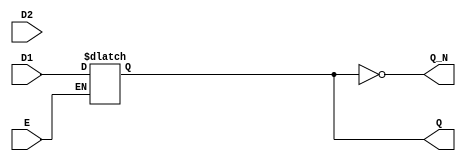
module dual_input_gated_latch (
    input wire D1,       // Data input 1
    input wire D2,       // Data input 2
    input wire E,        // Enable signal
    output reg Q,        // Output state
    output wire Q_N      // Complementary output
);

// Complementary output
assign Q_N = ~Q;

// Latch behavior
always @(*) begin
    if (E) begin
        // When Enable is high, select between D1 and D2
        // For this example, let's assume we select D1 when E is high
        Q = D1; // Change this to D2 if you want to select D2 instead
    end
    // If E is low, Q retains its previous state
end

endmodule